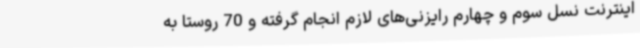
اینترنت نسل سوم و چهارم رایزنی‌های لازم انجام گرفته و 70 روستا به